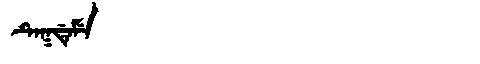
Manchu: ᡨᡝᡴᡩᡝᠮᡝ
Romanization: TEKDEME